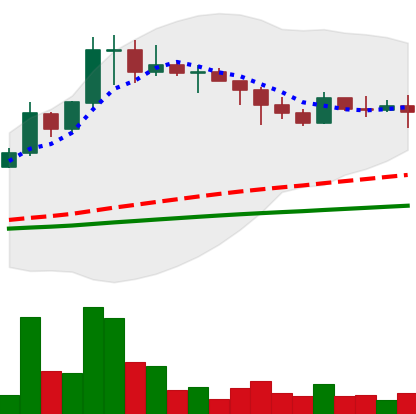
Ticker: DOGE-USD
Chart end date: 2021-02-22
Forward return: -6.779%
Label: down_5_7